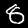
Label: 8